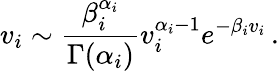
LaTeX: v_{i}\sim\frac{\beta_{i}^{\alpha_{i}}}{\Gamma(\alpha_{i})}v_{i}^{\alpha_{i}-1}e^{-\beta_{i}v_{i}}\, .